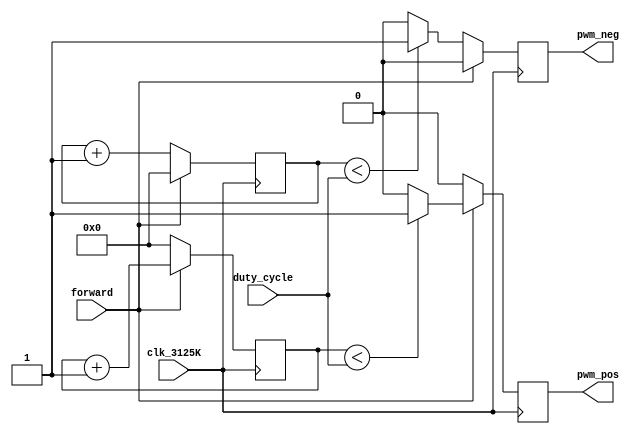
/*
Module PWM

This Module is responsible for pwm generation

PWM Module design

Input   :  clk_3125K     : 3125KHz clock
           duty_cycle    : required duty cycle 4 bit value

Output  :  pwm           : pwm signal 
*/

module PWM(
    input clk_3125K,
	 input [11:0] duty_cycle,
	 input forward,
    output reg pwm_pos, pwm_neg
);

	reg [11:0] cnt_f = 0;
	reg [11:0] cnt_b = 0;
	 
	always @(posedge clk_3125K) begin
		//cnt <= cnt + 12'd1;
		if (forward) begin
			cnt_f <= cnt_f + 12'd1;
			cnt_b <= 0;
			pwm_pos <= (cnt_f < duty_cycle) ? 1 : 0;
			pwm_neg <= 0;
		end
		else begin
			cnt_b <= cnt_b + 12'd1;
			cnt_f <= 0;
			pwm_neg <= (cnt_b < duty_cycle) ? 1:0;
			pwm_pos <= 0;
		end
	end 
endmodule